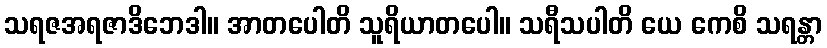
သရဇအရဇာဒိဘေဒါ။ အာတပေါတိ သူရိယာတပေါ။ သရီသပါတိ ယေ ကေစိ သရန္တာ